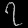
Digit: ၇